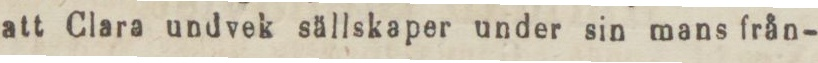
att Clara undvek sällskaper under sin mans från-